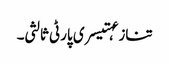
تنازعہتیسری پارٹی ثالثی۔